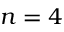
n = 4